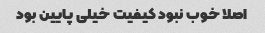
اصلا خوب نبود کیفیت خیلی پایین بود